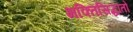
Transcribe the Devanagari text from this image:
भक्तिसिद्धांतों